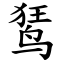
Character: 𫛭